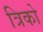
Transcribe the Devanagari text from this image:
त्रिको